Annual report of the Civil Veterinary Department, Bengal, for the year 1896-97 - 1896-1897
Year: 1896
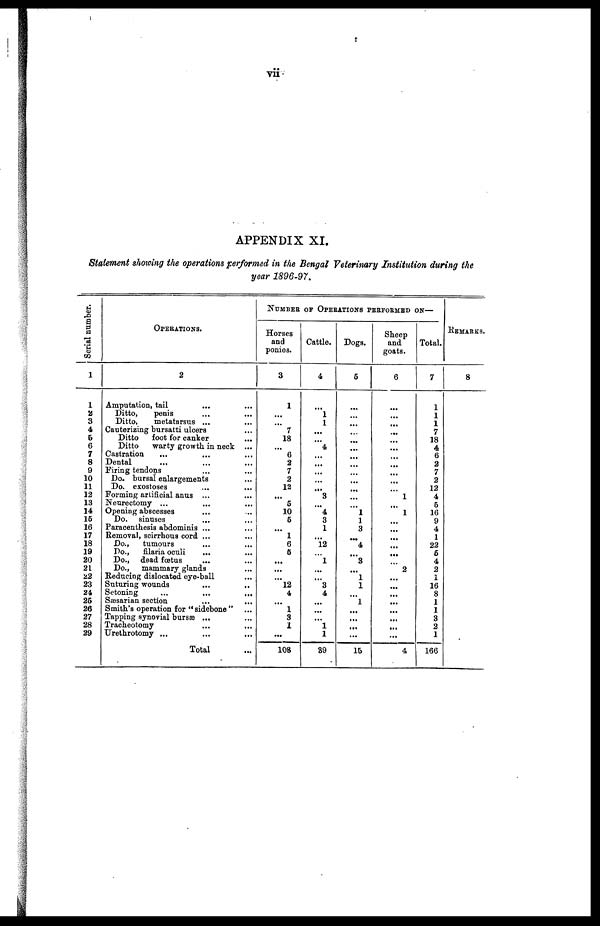
vii
APPENDIX XI.
Statement showing the operations performed in the Bengal Veterinary Institution during the
year 1896-97.
Serial number.
1
1
2
3
4
6
6
7
8
9
10
11
12
13
14
16
16
17
18
19
20
21
22
23
24
26
26
27
28
29
OPERATIONS.
2
Amputation, tail ... ...
Ditto,
penis ... ...
Ditto,
metatarsus ... ...
Cauterizing bursatti ulcers ...
Ditto
foot for canker ...
Ditto
warty growth in neck ...
Castration ... ... ...
Dental ... ... ...
Firing tendons ... ...
Do. bursal enlargements ...
Do. exostoses ... ...
Forming artificial anus ... ...
Neurectomy ... ... ...
Opening abscesses ... ... ...
Do. sinuses ... ...
Paracenthesis abdominis ... ...
Removal, scirrhous cord ... ...
Do.,
tumours ... ...
Do., filaria oculi
... ...
Do., dead fœtus ... ...
Do., mammary glands ...
Reducing dislocated oye-ball ...
Suturing wounds ... ...
Setoning ... ... ...
Sæsarian section ... ...
Smith's operation for "sidebone" ...
Tapping synovial bursæ ... ...
Tracheotomy ... ...
Urethrotomy ... ... ...
Total ...
NUMBER OF OPERATIONS PERFORMED ON—
Horses
and
ponies.
3
1
...
...
7
18
...
0
2
7
2
12
...
6
10
6
...
1
6
6
...
...
...
12
4
...
1
3
1
...
108
Cattle.
4
...
1
1
...
...
4
...
...
...
...
...
3
...
4
3
1
...
12
...
1
...
...
3
4
...
...
...
1
1
89
Dogs.
5
...
...
...
...
...
...
...
...
...
...
...
...
...
1
1
3
...
4
...
3
...
1
1
...
1
...
...
...
...
15
Sheep
and
goats.
6
...
...
...
...
...
...
...
...
...
...
...
1
...
1
...
...
...
...
...
...
2
...
...
...
...
...
...
...
...
4
Total.
7
1
1
1
7
18
4
6
2
7
2
12
4
6
16
9
4
1
22
6
4
2
1
16
8
1
1
3
2
1
166
REMARKS.
8